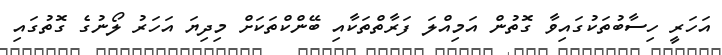
އަހަރީ ހިސާބުތަކުގައިވާ ގޮތުން އަމިއްލަ ފަރާތްތަކާއި ބޭންކްތަކަށް މިދިޔަ އަހަރު ލޯނުގެ ގޮތުގައި